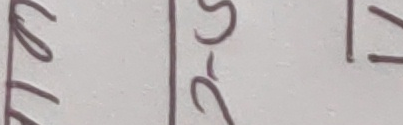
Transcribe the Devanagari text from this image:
ल्लेङ२